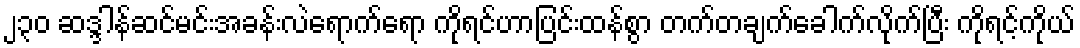
၂၃၀ ဆဒ္ဒါန်ဆင်မင်းအခန်းလဲရောက်ရော ကိုရင်ဟာပြင်းထန်စွာ တက်တချက်ခေါက်လိုက်ပြီး ကိုရင့်ကိုယ်